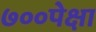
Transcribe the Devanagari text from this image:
७००पेक्षा